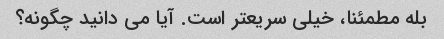
بله مطمئنا، خیلی سریعتر است. آیا می دانید چگونه؟